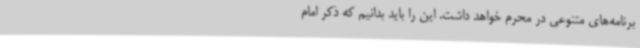
برنامه‌های متنوعی در محرم خواهد داشت. این را باید بدانیم که ذکر امام